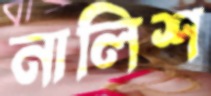
নালিশ